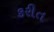
કરીત